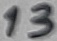
Text: 13